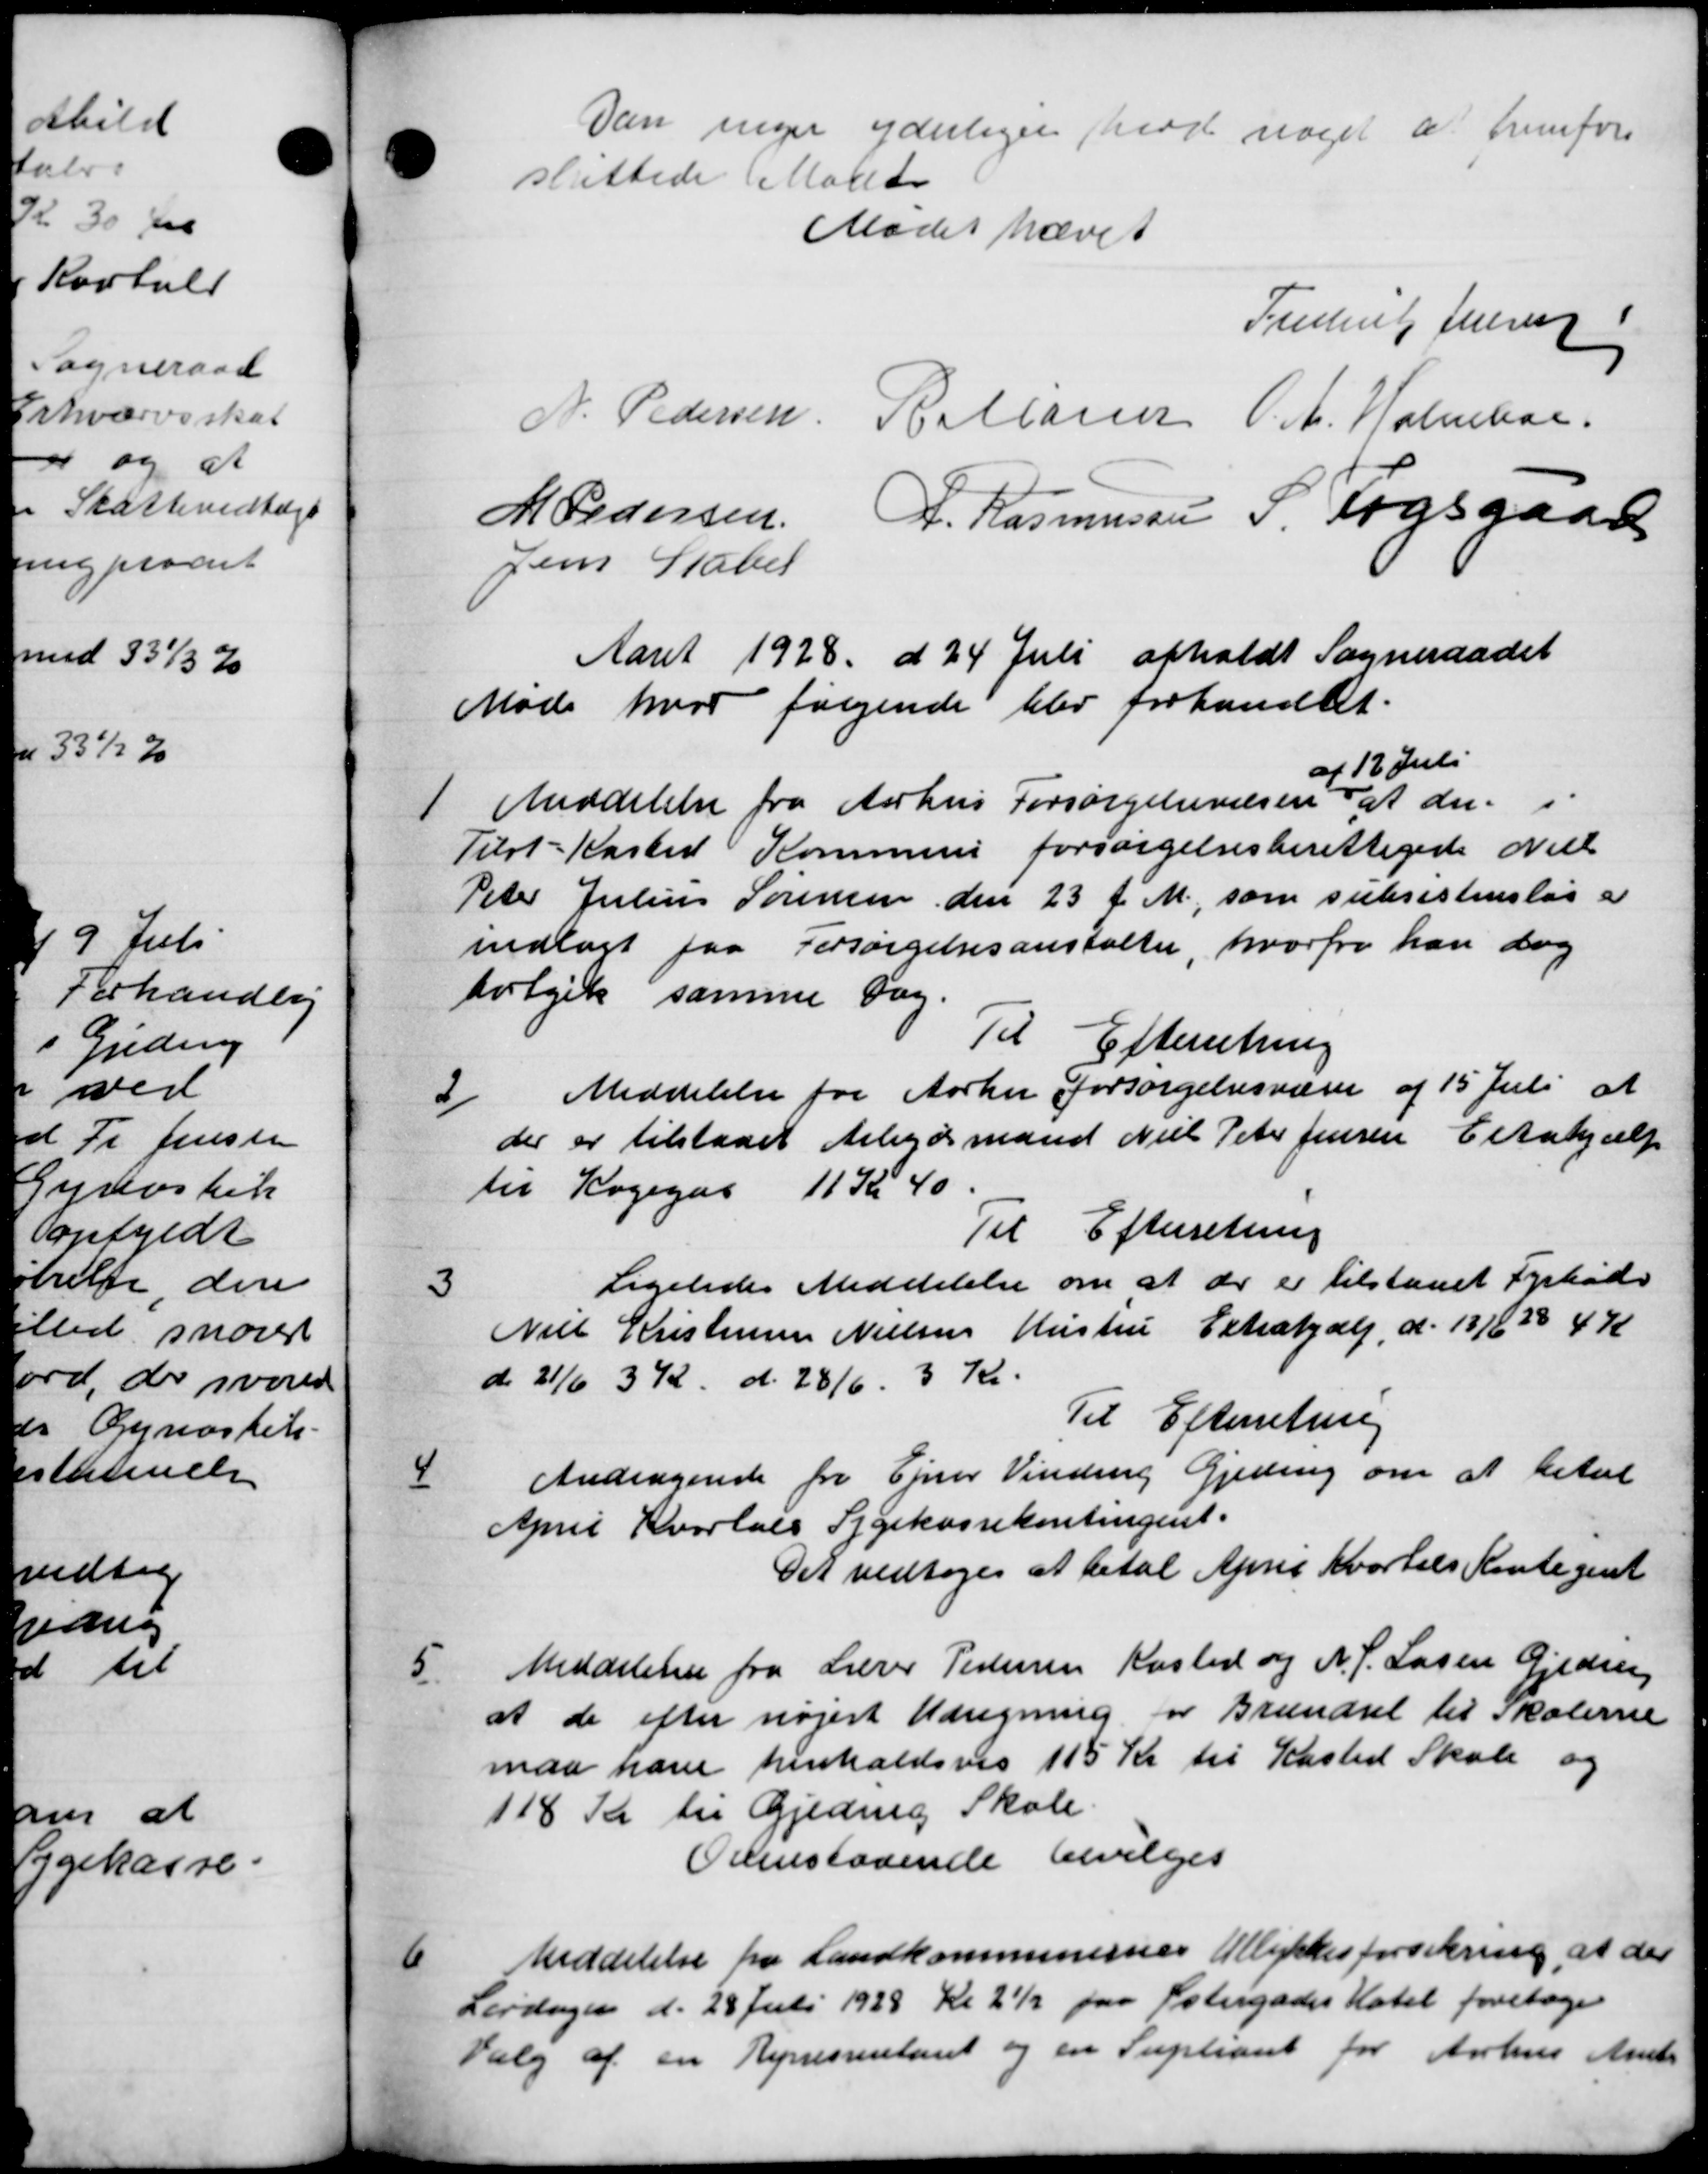
Transskription:
Dan inger yderliger hod noget at fremfore
slittedes betalet
Mødet hævet
Puert Jensen
N. Pedersen, Pallasser A. Holmboe
M Pedersen A. Rasmussen S. Fogsgaard
Jens Stabet
Aaret 1928 d 24 Juli afholdt Sogneraadet
Møde hvor følgende blev forhandlet.
1
Meddelelse fra Aarhus Forsørgelsevæsen
af 12 Juli
at der.
Tilst-Kasted Kommune forsørgelsesberettigede over
Peter Julius Sørensen den 23 f. M., som subsistensløs er
indlagt paa Forsørgelsesanstalter, hvorfra han dog
folgik samme Dag.
Til Efterretning
2
Meddelelse for Aarhu forsørgelsesvæsen af 15 Juli at
der er tilstaaet Arbejdsmand Niels Peter Jensen Estahjælp
til Kogegas 11 Kr 40
Til Efterretning
3
Ligeledes Meddelelse om at der er tilstaaet Fyrbødes
Niel Kristensen Nielsen Hustru Extrahjælp d. 13/6 38 4 K
d. 21/6 3 K d. 28/6 3 Kr.
Til Efterretning
4
Andragende fra Ejner Vinding Gjeding om at betal
April Kvartals Sygekassekontingent.
Det vedtoges at betal April Kvartals Kontegent
5
Meddelelse fra Lærer Pedersen Kasted og N. J. Larsen Gjedsen
at de efter nøjest Udregning er Brændsel til skolerne
maa have henholdsvis 115 Kr til Kasted Skole og
118 Kr til Gjeding Skole.
Ovenstaaende bevilges

Meddelelse fra Landkommunernes Ullykkesforsikring at der
Lørdagen d. 28 Juli 1928 Kl 2½ paa Østergades Hotel foretoges
Valg af en Rynesrentant og en Supleant for Aarhus Amts